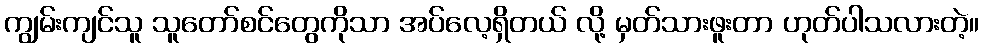
ကျွမ်းကျင်သူ သူတော်စင်တွေကိုသာ အပ်လေ့ရှိတယ် လို့ မှတ်သားဖူးတာ ဟုတ်ပါသလားတဲ့။